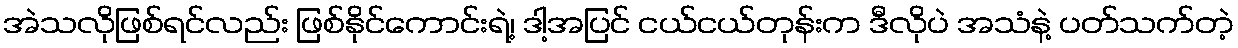
အဲသလိုဖြစ်ရင်လည်း ဖြစ်နိုင်ကောင်းရဲ့၊ ဒါ့အပြင် ငယ်ငယ်တုန်းက ဒီလိုပဲ အသံနဲ့ ပတ်သက်တဲ့